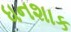
ધનશાક